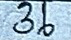
36